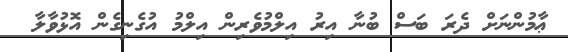
ޢާމުންނަށް ދެރަ ބަސް ބުނާ އިރު އިލްމުވެރިން އިލްމު އުގެނިގެން އޮޅުވާލާ